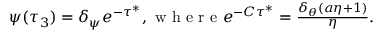
\begin{array} { r } { \psi ( \tau _ { 3 } ) = \delta _ { \psi } e ^ { - \tau ^ { * } } , \mathrm { ~ w ~ h ~ e ~ r ~ e ~ } e ^ { - C \tau ^ { * } } = \frac { \delta _ { \theta } ( a \eta + 1 ) } { \eta } . } \end{array}